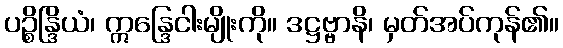
ပဉ္စိန္ဒြိယံ၊ ဣန္ဒြေငါးမျိုးကို။ ဒဋ္ဌဗ္ဗာနိ၊ မှတ်အပ်ကုန်၏။